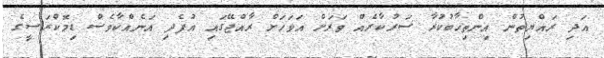
އަދި ރައްޔިތުން އިންތިހާބުކުރާ ސަރުކާރެއް ވަރަށް އަވަހަށް ރާއްޖޭގައި އުފެދި އަނެއްކާވެސް ޑިމޮކްރަސީގެ